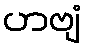
ဟဗျံ